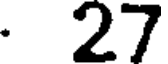
. 27